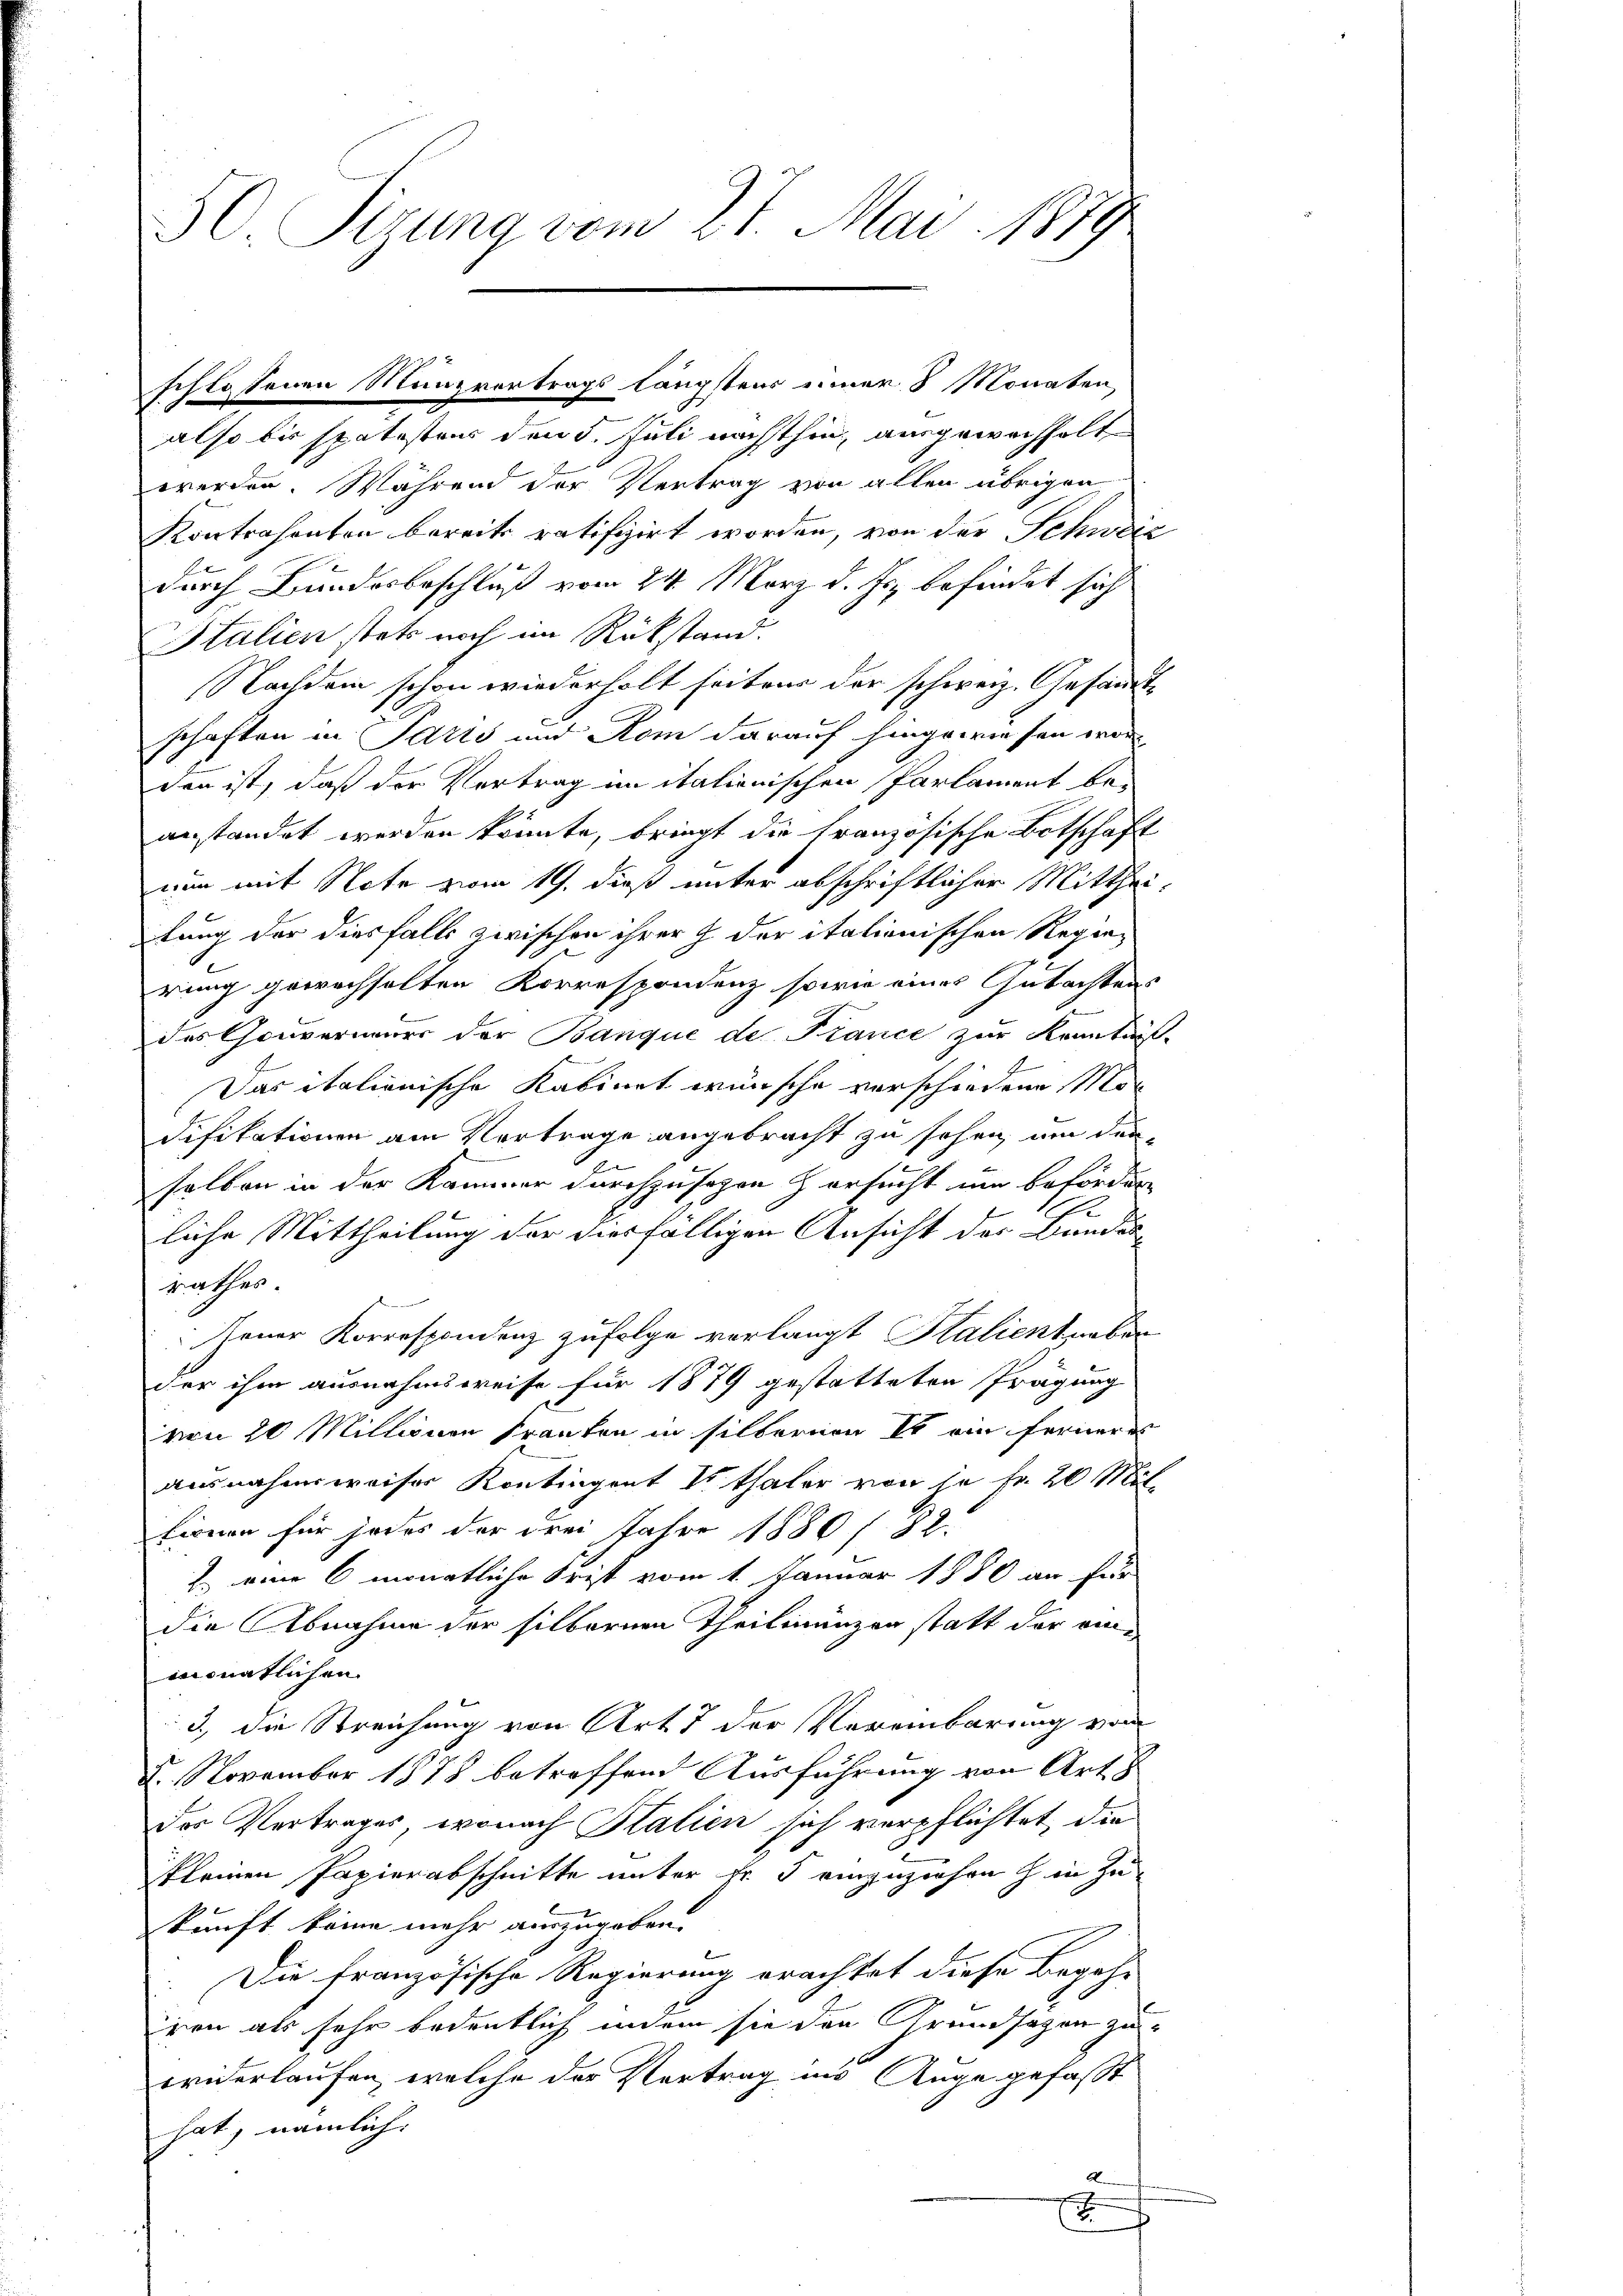
50. Pigung vom 27. Mai 1889

2
schlossenen Manzvortrags längstens einer 8 Monaten,

also bis spätestens den 5. Juli nächsthin, ausgewachhalt
werden. Während der Vertrag von allen übrigen
Kontrahenten bereits ratifizirt worden, von der Schweiz
durch Bundesbeschluß vom 24. März d. Js. befindet sich
Italien stets noch im Rükstand.
Nachdem schon wiederholt seiten der schweiz. Gesandtschaften in Parts und Rom darauf hingewiesen wor
den ist, daß der Vertrag in itationischen Parlament beanstandet werden könnte, bringt die französische Botschaft
nun mit Note vom 19. dieß unter abschriftlicher Mittheitung der diesfalls zwischen ihrer h. der italionischen Regierung gewechselten Korrespondenz sowie eines Gutachtens
des Gouverneurs der Banque de France zur Kenntnis-
Das italienische Kabinet wünsche verschiedene Mon
Difikationen am Vortrage angebracht zu sehen, um den
salben in der Kammer durchzusagen & ersucht um beförder
liche Mittheilung der diesfälligen Ansicht der Bunder
rathes.
Jener Korrespondenz zufolge verlangt Halient neben
der ihm ausnahmsweise für 1879 gestatteten Prägung
von 20 Millionen Franken in silbernen Er ein ferneres
ausnahmsweiser Kontingent I Thaler von je Fr. 20 Mal
firnen für jedes der drei Jahre 1880 / 82.
2 eine 6 monatliche Frist vom 1. Januar 1880 an für
die Abnahme der silbernen Theilmünzen statt der eine
monatlichen
3., die Streichung von Art. 7 der Vereinbarung von
8. November 1878 betreffend Ausführung von Art. 8
des Vertrages, wonach Stalien sich verpflichtet, die
kleinen Papierabschnitte unter Fr. 5 einzuziehen hin zukunft keine mehr auszugeben.
Die französische Regierung erachtet diese Begeh-
iren als sehr bedeutlich indem sie den Grundsazen zu-
widerlaufen, welche der Vortrag ins Auge gefaßt
hat, nämlich. |
A
E